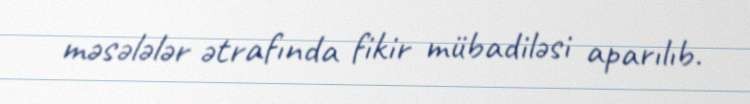
məsələlər ətrafında fikir mübadiləsi aparılıb.